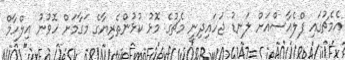
އެމެޗުގައި ފްލެއާސްއަށް ލަނޑު ޖަހައިދިނީ މެޗުގެ މޮޅު ކުޅުންތެރިޔާގެ މަގާމަށް ހޮވުނު އިލްހާމް